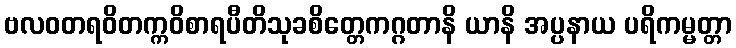
ဗလဝတရဝိတက္ကဝိစာရပီတိသုခစိတ္တေကဂ္ဂတာနိ ယာနိ အပ္ပနာယ ပရိကမ္မတ္တာ